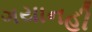
ગયાનહી